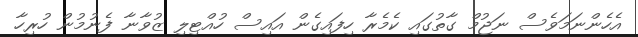
އެހެންނަމަވެސް ނަޖުމް ގާތުގައި ކެމެރާ ހިފައިގެން އައިސް ހުއްޓިލި ޒުވާނާ ފެނުމުން ހުރިހާ